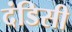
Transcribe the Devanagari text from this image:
दंडिसी